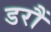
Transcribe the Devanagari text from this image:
डरौं